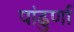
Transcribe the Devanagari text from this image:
पांढुर्णा